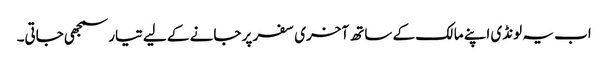
اب یہ لونڈی اپنے مالک کے ساتھ آخری سفر پر جانے کے لیے تیار سمجھی جاتی۔